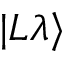
| L \lambda \rangle